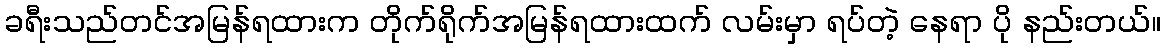
ခရီးသည်တင်အမြန်ရထားက တိုက်ရိုက်အမြန်ရထားထက် လမ်းမှာ ရပ်တဲ့ နေရာ ပို နည်းတယ်။